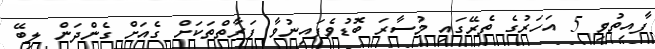
ފާއިތުވި 5 އަހަރުގެ ތެރޭގައި މުސާރަ ބޮޑުވެފައިނުވާ ފަރާތްތަކަށް ގެއަށް ގެންދަން ލިބޭ